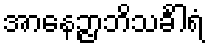
အာနေဉ္ဇာဘိသင်္ခါရံ